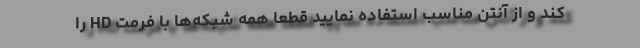
کند و از آنتن مناسب استفاده نمایید قطعا همه شبکه‌ها با فرمت HD را